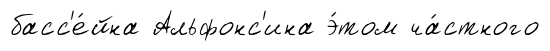
басс'е́йна Альфонс'ина э́том ча́стного